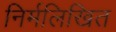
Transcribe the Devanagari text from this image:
निर्मलिखित